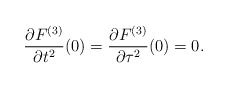
\begin{align*} \frac{\partial F^{(3)}}{\partial t^2}(0)=\frac{\partial F^{(3)}}{\partial \tau^2}(0)=0.\end{align*}